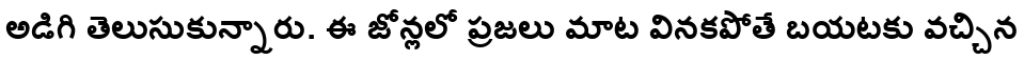
అడిగి తెలుసుకున్నారు. ఈ జోన్లలో ప్రజలు మాట వినకపోతే బయటకు వచ్చిన